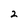
Character: 2